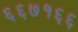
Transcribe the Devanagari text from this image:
६६७१६६